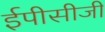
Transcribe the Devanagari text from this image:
ईपीसीजी